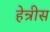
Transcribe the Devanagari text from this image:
हेन्रीस